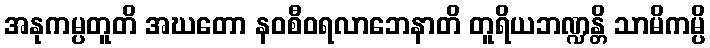
အနုကမ္ပတူတိ အဃတော နဝစီဝရလာဘေနာတိ တူရိယဘဏ္ဍန္တိ သာမိကမ္ပိ